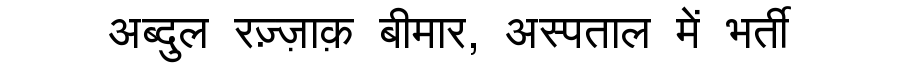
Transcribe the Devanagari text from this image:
अब्दुल रज़्ज़ाक़ बीमार, अस्पताल में भर्ती